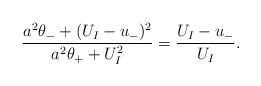
LaTeX: \begin{align*} \frac{a^2\theta_- + (U_I - u_-)^2}{a^2\theta_+ + U_I^2} = \frac{U_I - u_-}{U_I}.\end{align*}